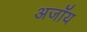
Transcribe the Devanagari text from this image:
अजॉय